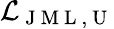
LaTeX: \mathcal{L}_{\mathrm{~J~M~L~,~U~}}